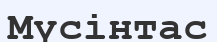
Мүсінтас